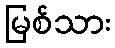
မြစ်သား